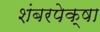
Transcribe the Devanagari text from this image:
शंबरपेक्षा